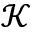
\mathcal { K }